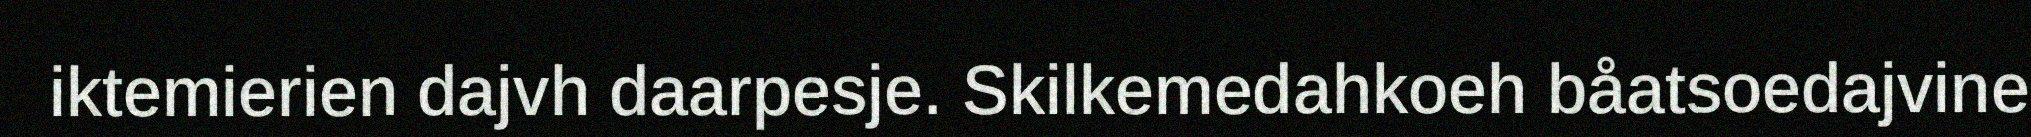
iktemierien dajvh daarpesje. Skilkemedahkoeh båatsoedajvine